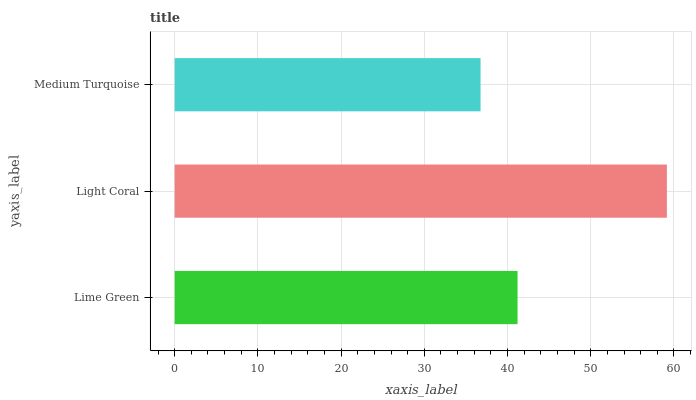
| yaxis_label | bars |
 | --- | --- |
 | Lime Green | 41.2 |
 | Light Coral | 59.2 |
 | Medium Turquoise | 36.8 |